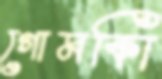
গোমকিা